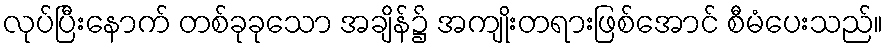
လုပ်ပြီးနောက် တစ်ခုခုသော အချိန်၌ အကျိုးတရားဖြစ်အောင် စီမံပေးသည်။